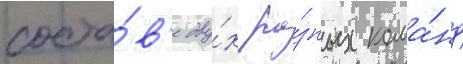
соста́в'е дву́х ра́зных кома́нд